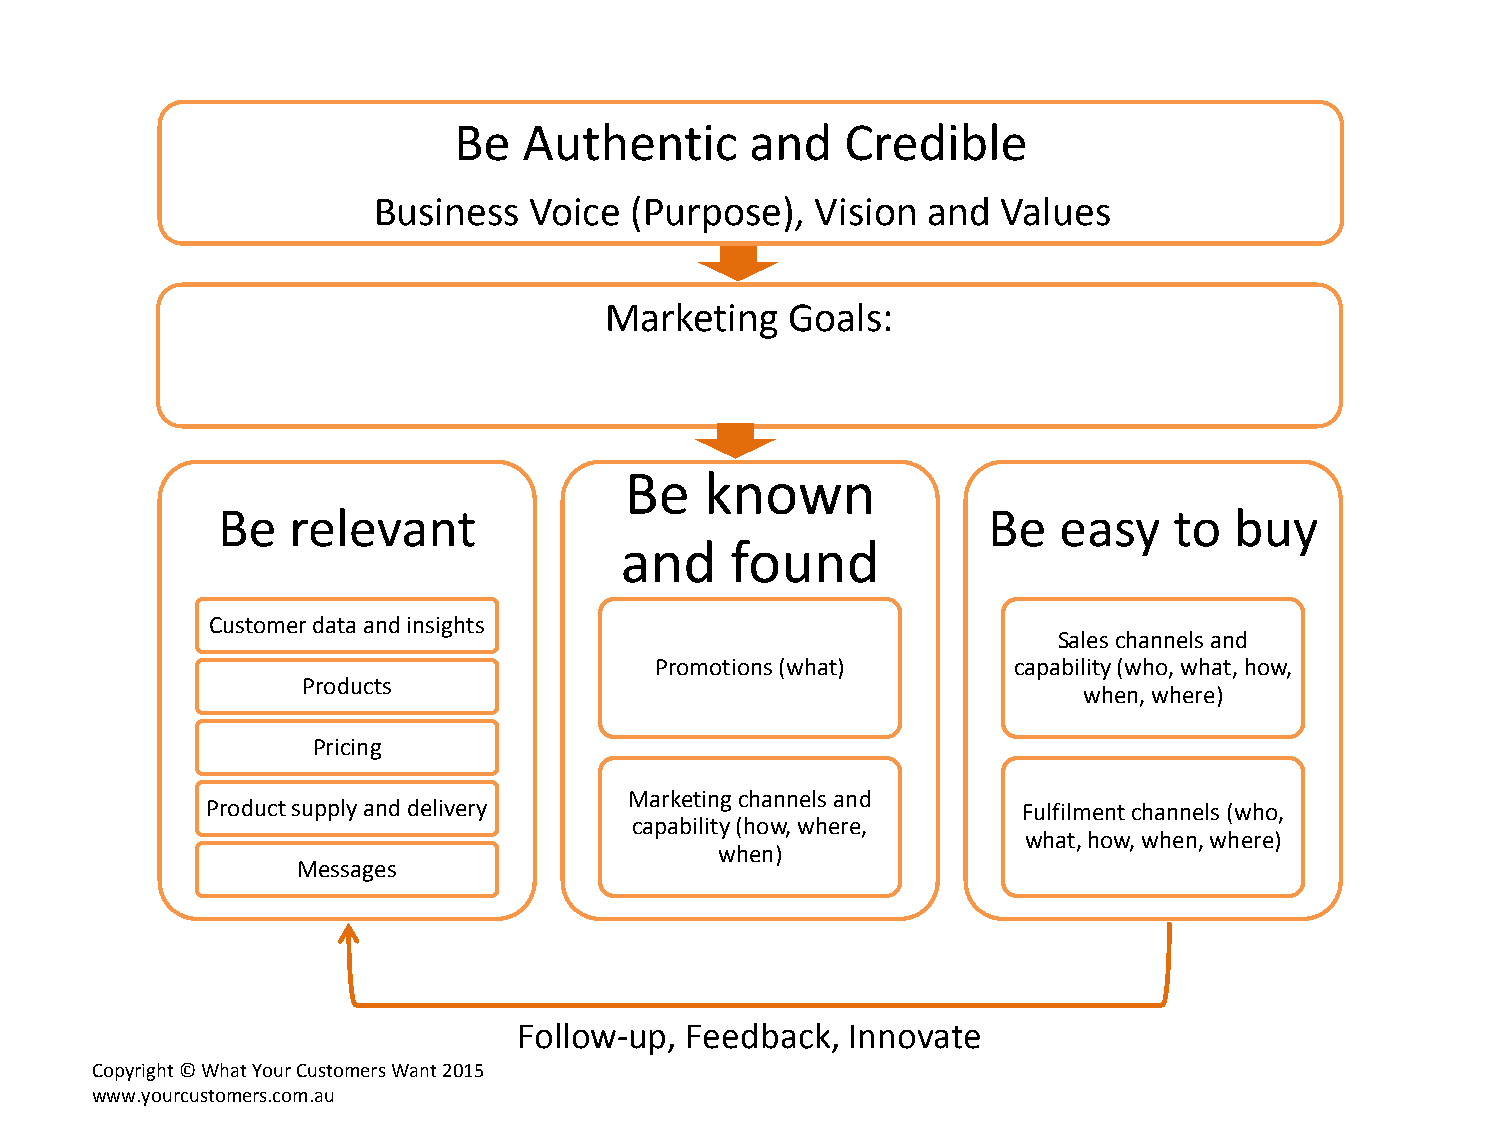
Be   Authentic      and   Credible
 Business  Voice  (Purpose),  Vision and  Values
 Marketing   Goals:
 Be    known
 Be   relevant                                      Be   easy    to  buy
 and    found
 Customer data and insights
 Sales channels and
 Promotions (what)       capability (who, what, how,
 Products
 when, where)
 Pricing
 Marketing channels and
 Product supply and delivery                           Fulfilment channels (who,
 capability (how, where,
 what, how, when, where)
 when)
 Messages
 Follow-up, Feedback,  Innovate
 Copyright © What Your Customers Want 2015
 www.yourcustomers.com.au